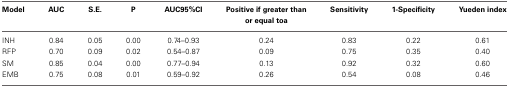
| Model | AUC | S.E. | P | AUC95%CI | Positive if greater than or equal toa | Sensitivity | 1-Specificity | Yueden index |
 | --- | --- | --- | --- | --- | --- | --- | --- | --- |
 | INH | 0.84 | 0.05 | 0.00 | 0.74–0.93 | 0.24 | 0.83 | 0.22 | 0.61 |
 | RFP | 0.70 | 0.09 | 0.02 | 0.54–0.87 | 0.09 | 0.75 | 0.35 | 0.40 |
 | SM | 0.85 | 0.04 | 0.00 | 0.77–0.94 | 0.13 | 0.92 | 0.32 | 0.60 |
 | EMB | 0.75 | 0.08 | 0.01 | 0.59–0.92 | 0.26 | 0.54 | 0.08 | 0.46 |